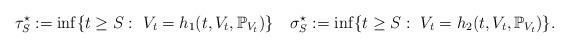
LaTeX: \begin{align*} \tau_{S}^\star:=\inf \{t \geq S:\,\, V_t=h_1(t,V_t,\mathbb{P}_{V_t})\}\,\,\, \,\,\,\sigma_{S}^\star:=\inf \{t \geq S:\,\, V_t=h_2(t,V_t,\mathbb{P}_{V_t})\}.\end{align*}